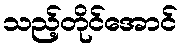
သည့်တိုင်အောင်